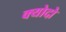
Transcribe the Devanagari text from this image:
क्योदो